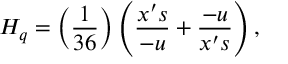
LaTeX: H _ { q } = \left( \frac { 1 } { 3 6 } \right) \left( \frac { x ^ { \prime } s } { - u } + \frac { - u } { x ^ { \prime } s } \right) ,